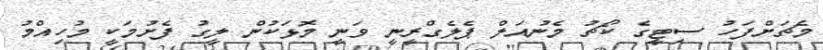
މެޗަށްފަހު ސިޓީގެ ކޯޗު މެނުއަލް ޕެލެގްރީނީ ވަނީ މޮޅަކުން ލީގު ފެށުމަކީ މުހިއްމު